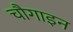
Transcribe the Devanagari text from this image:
चौगाइन